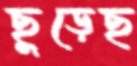
ছুড়েছ